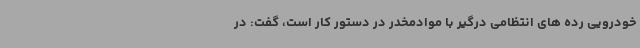
خودرویی رده های انتظامی درگیر با موادمخدر در دستور کار است، گفت: در